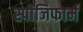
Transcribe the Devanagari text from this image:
स्पोंजिफार्म